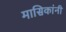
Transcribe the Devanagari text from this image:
मासिकांनी